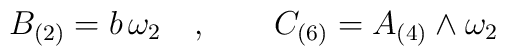
B_{(2)} = b \, \omega_2 \quad , \qquad C_{(6)} = A_{(4)} \wedge\omega_2